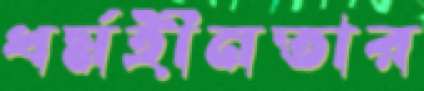
ধর্মহীনতার